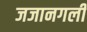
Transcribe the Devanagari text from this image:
जजानगली